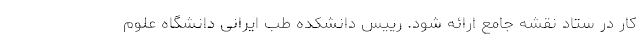
کار در ستاد نقشه جامع ارائه شود. رییس دانشکده طب ایرانی دانشگاه علوم